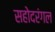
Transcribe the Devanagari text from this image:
सहोदरंगल